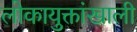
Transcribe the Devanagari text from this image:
लोकायुक्तांखाली